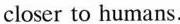
closer to humans.